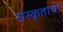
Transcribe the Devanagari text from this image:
संस्कृताचा